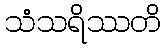
သံသရိဿတိ